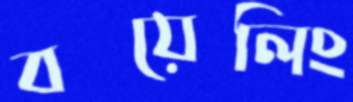
বয়েলিং